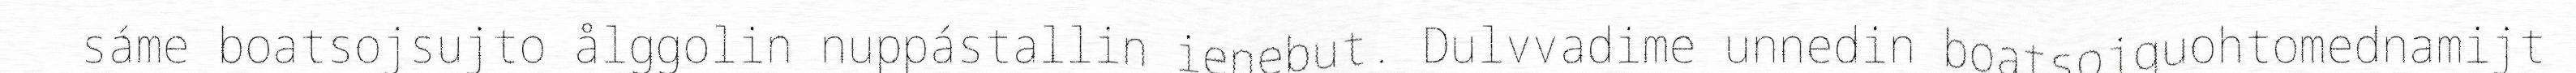
sáme boatsojsujto ålggolin nuppástallin ienebut. Dulvvadime unnedin boatsojguohtomednamijt